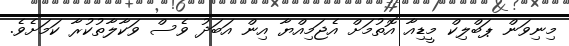
މިނިވަން ޕަބްލިކް މީޑިއާ އޮތުމަށް އެޖަމިއްޔާ އިން އަބަދު ވެސް ވަކާލާތުކުރާ ކަމަށެވެ.